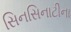
સિનસિનાટીના